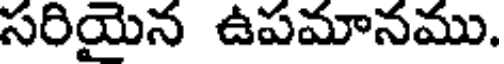
సరియైన ఉపమానము.